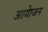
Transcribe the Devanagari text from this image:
आयेाजन